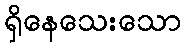
ရှိနေသေးသော